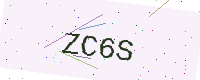
Text: ZC6S